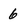
Character: 6